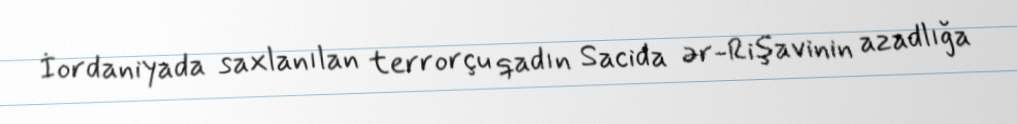
İordaniyada saxlanılan terrorçu qadın Sacida ər-Rişavinin azadlığa